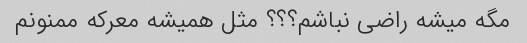
مگه میشه راضی نباشم؟؟؟ مثل همیشه معرکه ممنونم